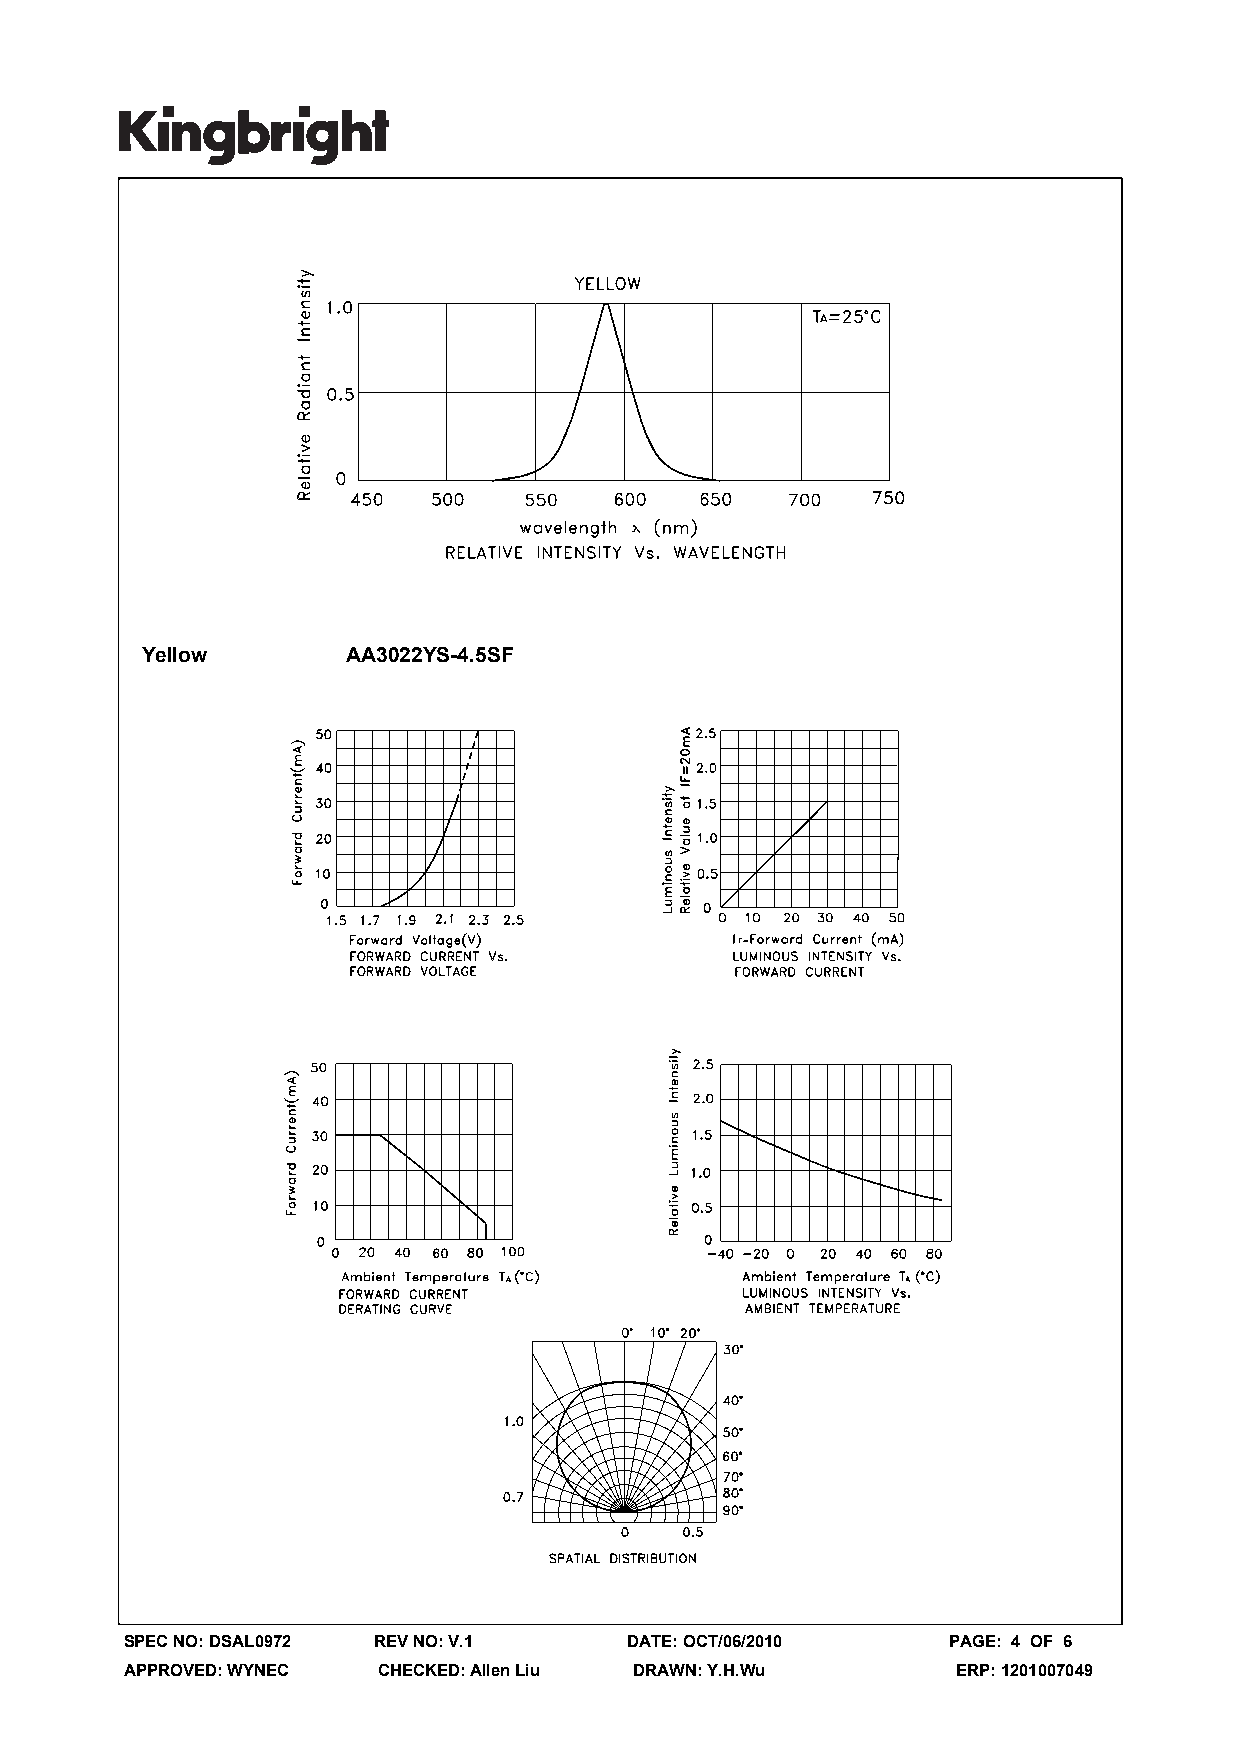
Yellow        AA3022YS-4.5SF
 SPEC NO: DSAL0972 REV NO: V.1     DATE: OCT/06/2010    PAGE: 4 OF 6
 APPROVED: WYNEC  CHECKED: Allen Liu DRAWN: Y.H.Wu      ERP: 1201007049